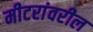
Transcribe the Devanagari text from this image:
मीटरांवरील